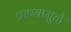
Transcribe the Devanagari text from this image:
प्राण्यामुळे